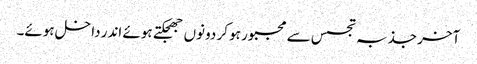
آخر جذبہ تجسس سے مجبور ہو کر دونوں جھجکتے ہوئے اندر داخل ہوئے۔